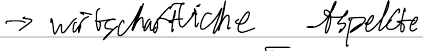
- wirtschaftliche Aspekte